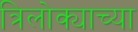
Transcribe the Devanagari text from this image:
त्रिलोक्याच्या